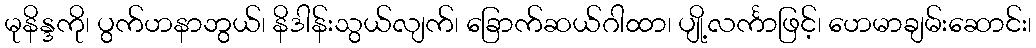
မုနိန္ဒကို၊ ပွက်ဟနာဘွယ်၊ နိဒါန်းသွယ်လျက်၊ ခြောက်ဆယ်ဂါထာ၊ ပျို့လင်္ကာဖြင့်၊ ဟေမာချမ်းဆောင်း၊